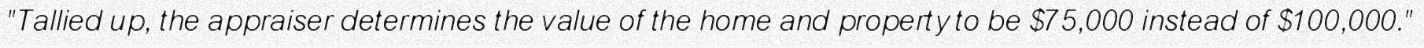
"Tallied up, the appraiser determines the value of the home and property to be $75,000 instead of $100,000."